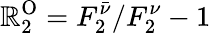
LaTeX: {\cal\mathbb{R}}_{2}^{\mathrm{{O}}}=F_{2}^{\bar{{\nu}}}/F_{2}^{\nu}-1